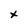
Character: t